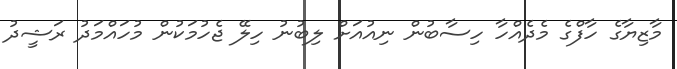
މާޒިޔާގެ ހާފްގެ މެދެއްހާ ހިސާބުން ނިއުއަށް ލިބުނު ހިލޭ ޖެހުމަކުން މުހައްމަދު ރަޝީދު